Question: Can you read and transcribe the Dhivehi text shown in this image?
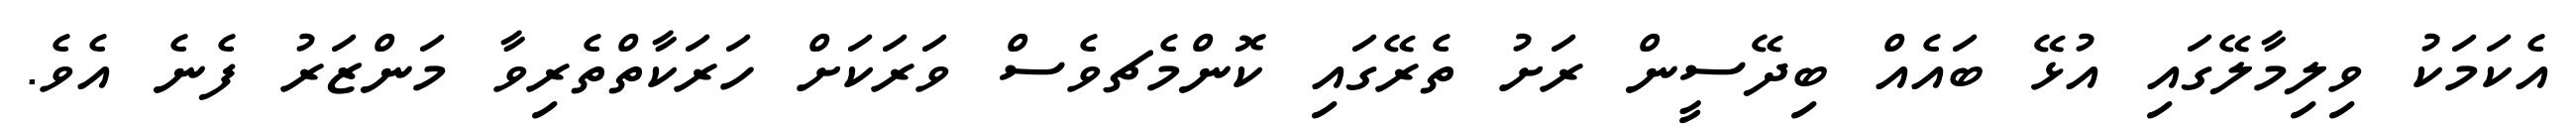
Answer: އެކަމަކު ވިލިމާލޭގައި އުޅޭ ބައެއް ބިދޭސީން ރަށު ތެރޭގައި ކޮންމެޗވެސް ވަރަކަށް ހަރަކާތްތެރިވާ މަންޒަރު ފެނެ އެވެ.